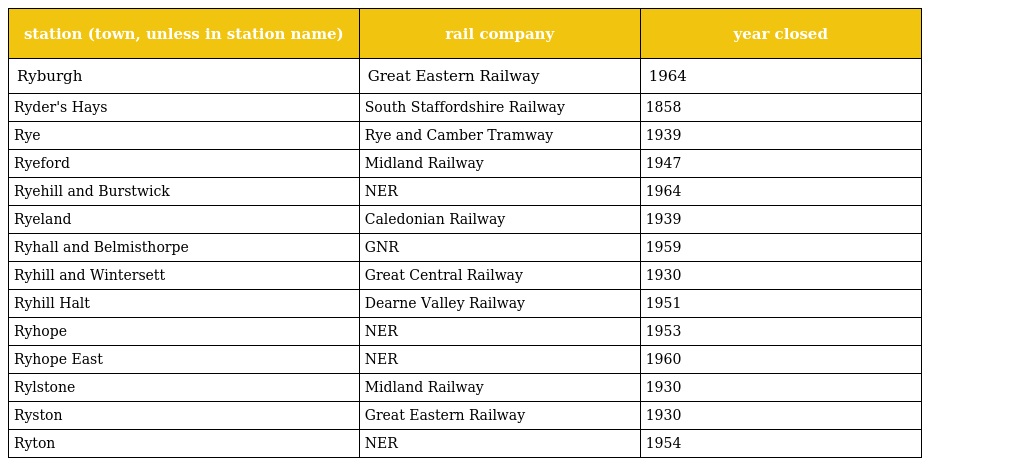
| station (town, unless in station name) | rail company | year closed |
 | --- | --- | --- |
 | Ryburgh | Great Eastern Railway | 1964 |
 | Ryder's Hays | South Staffordshire Railway | 1858 |
 | Rye | Rye and Camber Tramway | 1939 |
 | Ryeford | Midland Railway | 1947 |
 | Ryehill and Burstwick | NER | 1964 |
 | Ryeland | Caledonian Railway | 1939 |
 | Ryhall and Belmisthorpe | GNR | 1959 |
 | Ryhill and Wintersett | Great Central Railway | 1930 |
 | Ryhill Halt | Dearne Valley Railway | 1951 |
 | Ryhope | NER | 1953 |
 | Ryhope East | NER | 1960 |
 | Rylstone | Midland Railway | 1930 |
 | Ryston | Great Eastern Railway | 1930 |
 | Ryton | NER | 1954 |